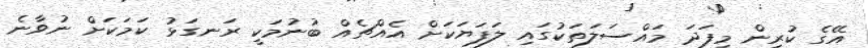
އޭގެ ކުރިން މިފަދަ މައްސަލަތަކުގައި ލަފަޔަކަށް އެއްޗެއް ބުނުމަކީ ރަނގަޅު ކަމަކަށް ނުވާނެ